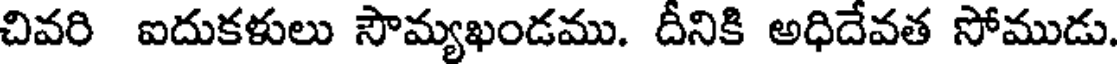
చివరి ఐదుకళులు సౌమ్యఖండము. దీనికి అధిదేవత సోముడు.